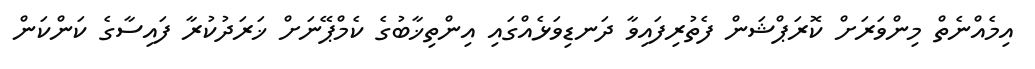
އިމެއްނެތް މިންވަރަށް ކޮރަޕްޝަން ފެތުރިފައިވާ ދަނޑިވަޅެއްގައި އިންތިޚާބުގެ ކެމްޕޭނަށް ޚަރަދުކުރާ ފައިސާގެ ކަންކަން